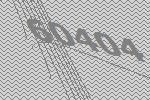
60404